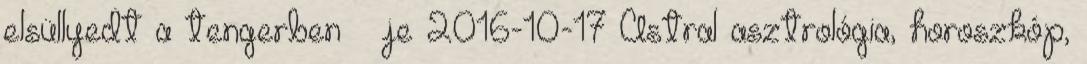
elsüllyedt a tengerben – je 2016-10-17 Astral asztrológia, horoszkóp,